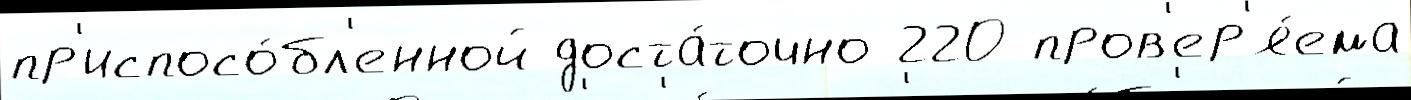
пр'испосо́бл'енной доста́точно 220 пров'ер'я́ема